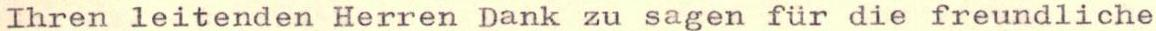
Ihren leitenden Herren Dank zu sagen für die freundliche